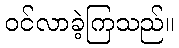
ဝင်လာခဲ့ကြသည်။